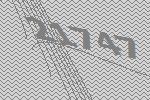
21747